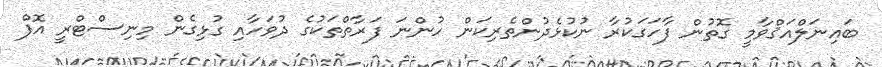
ބައިނަލްއަޤްވާމީ ގޮތުން ފާހަގަކުރާ ނުކުޅެދުންތެރިކަން ހުންނަ ފަރާތްތަކުގެ ދުވަހާއި ގުޅިގެން މިނިސްޓްރީ އޮފް